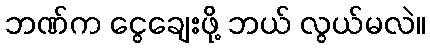
ဘဏ်က ငွေချေးဖို့ ဘယ် လွယ်မလဲ။